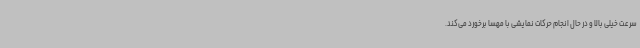
سرعت خیلی بالا و در حال انجام حرکات نمایشی با مهسا برخورد می‌کند.